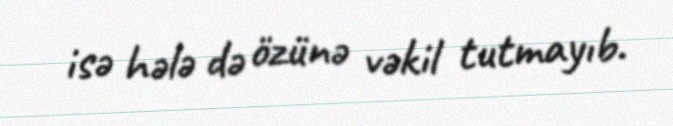
isə hələ də özünə vəkil tutmayıb.